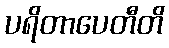
ပရိတာပေတီတိ